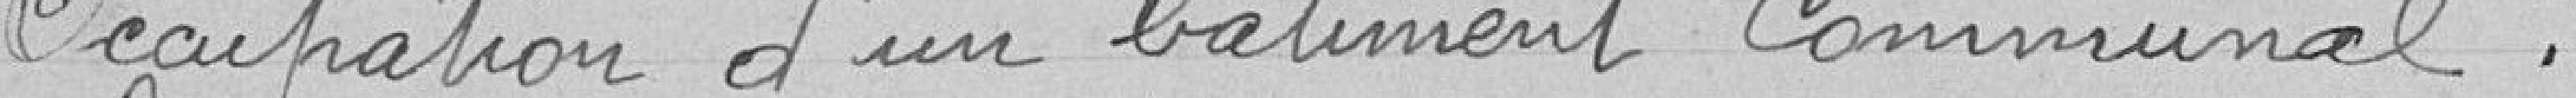
Occupation d'un batiment Communal.